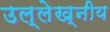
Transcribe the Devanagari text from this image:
उल्लेख्नीय